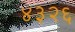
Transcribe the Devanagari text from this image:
४३२६